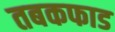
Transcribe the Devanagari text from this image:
तबकफाड